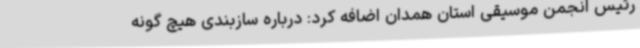
رئیس انجمن موسیقی استان همدان اضافه کرد: درباره سازبندی هیچ گونه